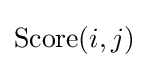
\mathrm {Score} (i,j)